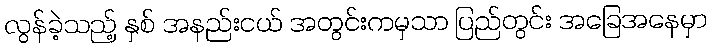
လွန်ခဲ့သည့် နှစ် အနည်းငယ် အတွင်းကမှသာ ပြည်တွင်း အခြေအနေမှာ